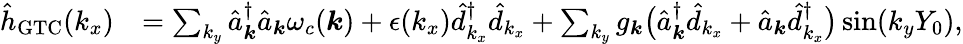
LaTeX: \begin{array}{rl}{{\hat{h}}_{\mathrm{GTC}}(k_{x})}&{=\sum_{{k_{y}}}\hat{a}_{\boldsymbol k}^{\dagger}\hat{a}_{\boldsymbol k}\omega_{c}({\boldsymbol k})+\epsilon(k_{x})\hat{d}_{k_{x}}^{\dagger}\hat{d}_{k_{x}}+\sum_{k_{y}}{g_{\boldsymbol k}}\big(\hat{a}_{{\boldsymbol k}}^{\dagger}\hat{d}_{k_{x}}+\hat{a}_{{\boldsymbol k}}\hat{d}_{k_{x}}^{\dagger}\big)\sin({k_{y}}Y_{0}),}\end{array}